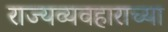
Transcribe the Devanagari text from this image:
राज्यव्यवहाराच्या